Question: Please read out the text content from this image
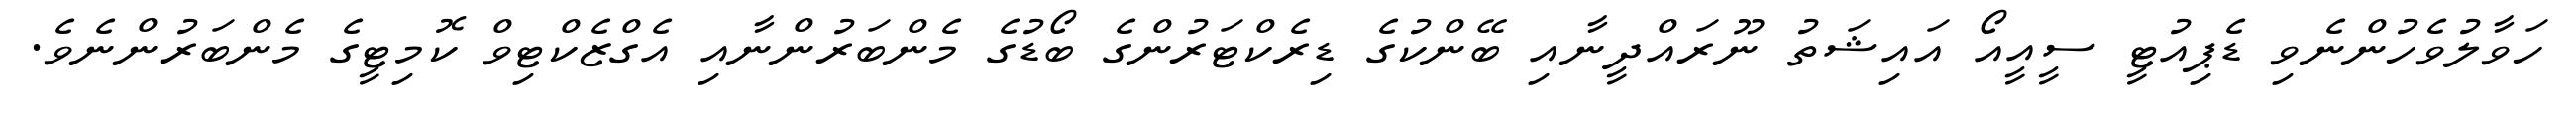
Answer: ހަވާލުވެހުންނެވި ޑެޕިއުޓީ ސީއީއޯ އައިޝަތު ނޫރައްދީނާއި ބޭންކުގެ ޑިރެކްޓަރުންގެ ބޯޑުގެ މެންބަރުންނާއި އެގްޒެކްޓިވް ކޮމިޓީގެ މެންބަރުންނެވެ.